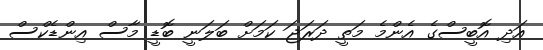
އަދި އޮބީސްގެ އެންމެ މަތީ ދަރަޖަ ކަމަށް ބަލަނީ ބޮޑީ މާސް އިންޑެކްސް